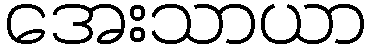
အေးသာယာ